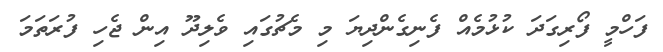
ފަހްމީ ފޯރިގަދަ ކުޅުމެއް ފެނިގެންދިޔަ މި މެޗުގައި ވެލިދޫ އިން ޖެހި ފުރަތަމަ